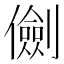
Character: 𠐘